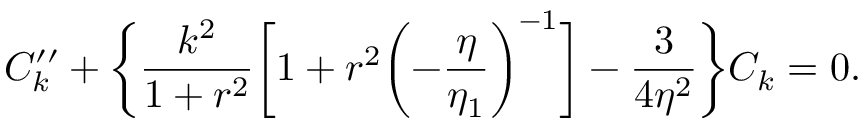
{ \cal C } _ { k } ^ { \prime \prime } + \biggl \{ \frac { k ^ { 2 } } { 1 + r ^ { 2 } } \biggl [ 1 + r ^ { 2 } \biggl ( - \frac { \eta } { \eta _ { 1 } } \biggr ) ^ { - 1 } \biggr ] - \frac { 3 } { 4 \eta ^ { 2 } } \biggr \} { \cal C } _ { k } = 0 .